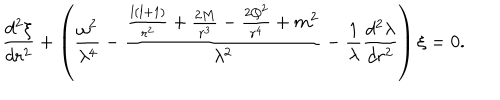
\frac { d ^ { 2 } \xi } { d r ^ { 2 } } + \left( \frac { \omega ^ { 2 } } { \lambda ^ { 4 } } - \frac { \frac { l ( l + 1 ) } { r ^ { 2 } } + \frac { 2 M } { r ^ { 3 } } - \frac { 2 Q ^ { 2 } } { r ^ { 4 } } + m ^ { 2 } } { \lambda ^ { 2 } } - \frac { 1 } { \lambda } \frac { d ^ { 2 } \lambda } { d r ^ { 2 } } \right) \xi = 0 .